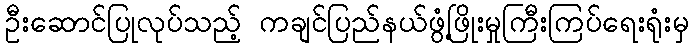
ဦးဆောင်ပြုလုပ်သည့် ကချင်ပြည်နယ်ဖွံ့ဖြိုးမှုကြီးကြပ်ရေးရုံးမှ